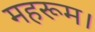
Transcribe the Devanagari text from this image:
महरूम।